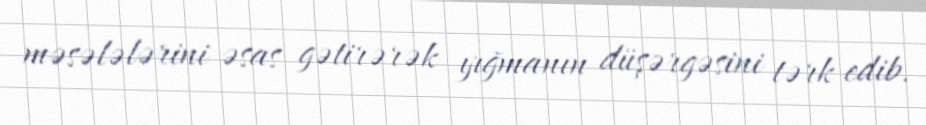
məsələlərini əsas gətirərək yığmanın düşərgəsini tərk edib.